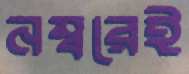
নম্বরেই